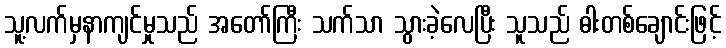
သူ့လက်မှနာကျင်မှုသည် အတော်ကြီး သက်သာ သွားခဲ့လေပြီး သူသည် ဓါးတစ်ချောင်းဖြင့်